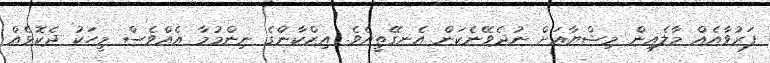
ފަރުވާއެއް މާލެއިން މިޝްޔާއަށް ނުދެވޭނެކަން އެނގޭތީއެވެ. އިޒްކާންގެ ނިންމުމާ އެއްވެސް މީހަކު ދެކޮޅެއް